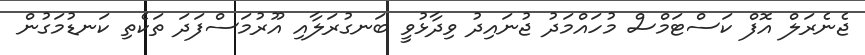
ޖެނެރަލް އޮފް ކަސްޓަމްސް މުހައްމަދު ޖުނައިދު ވިދާޅުވީ ބަނގުރަލާއި އޫރުމަސްފަދަ ތަކެތި ކަނޑުމަގުން